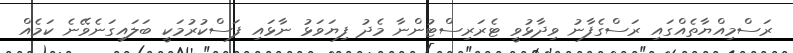
ރަސްމިއްޔާތެއްގައި ރަސްގެފާނު ވިދާޅުވީ ޓެރަރިސްޓުންނާ މެދު ފިޔަވަޅު ނާޅައި ފަސްކުރުމަކީ ބަލައިގަނެވޭނެ ކަމެއް